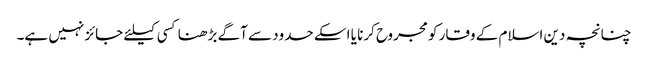
چنانچہ دین اسلام کے وقار کو مجروح کرنا یا اسکے حدود سے آگے بڑھنا کسی کیلئے جائز نہیں ہے۔